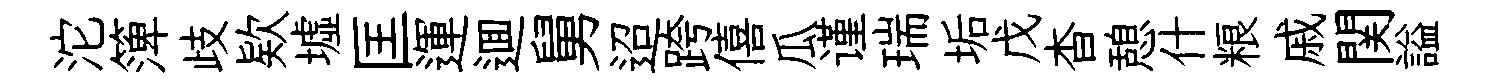
沱𥱼歧欵墟匡運逥舅迢跨僖瓜谨瑞垢戊杳憩什粮戚関謚